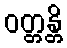
ဝတ္တန္တိ